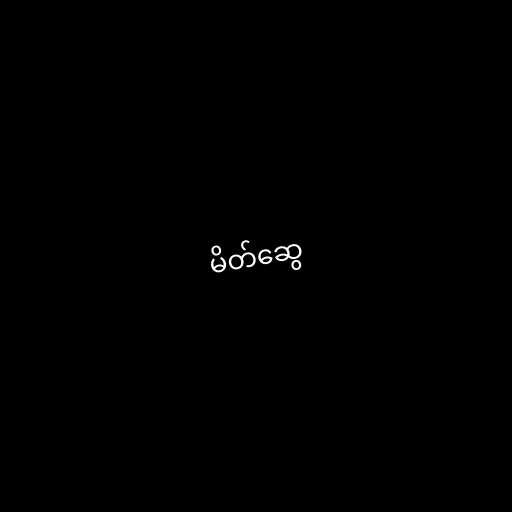
မိတ်ဆွေ